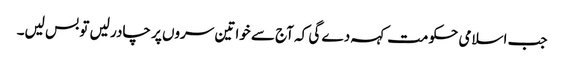
جب اسلامی حکومت کہہ دے گی کہ آج سے خواتین سروں پر چادر لیں تو بس لیں۔